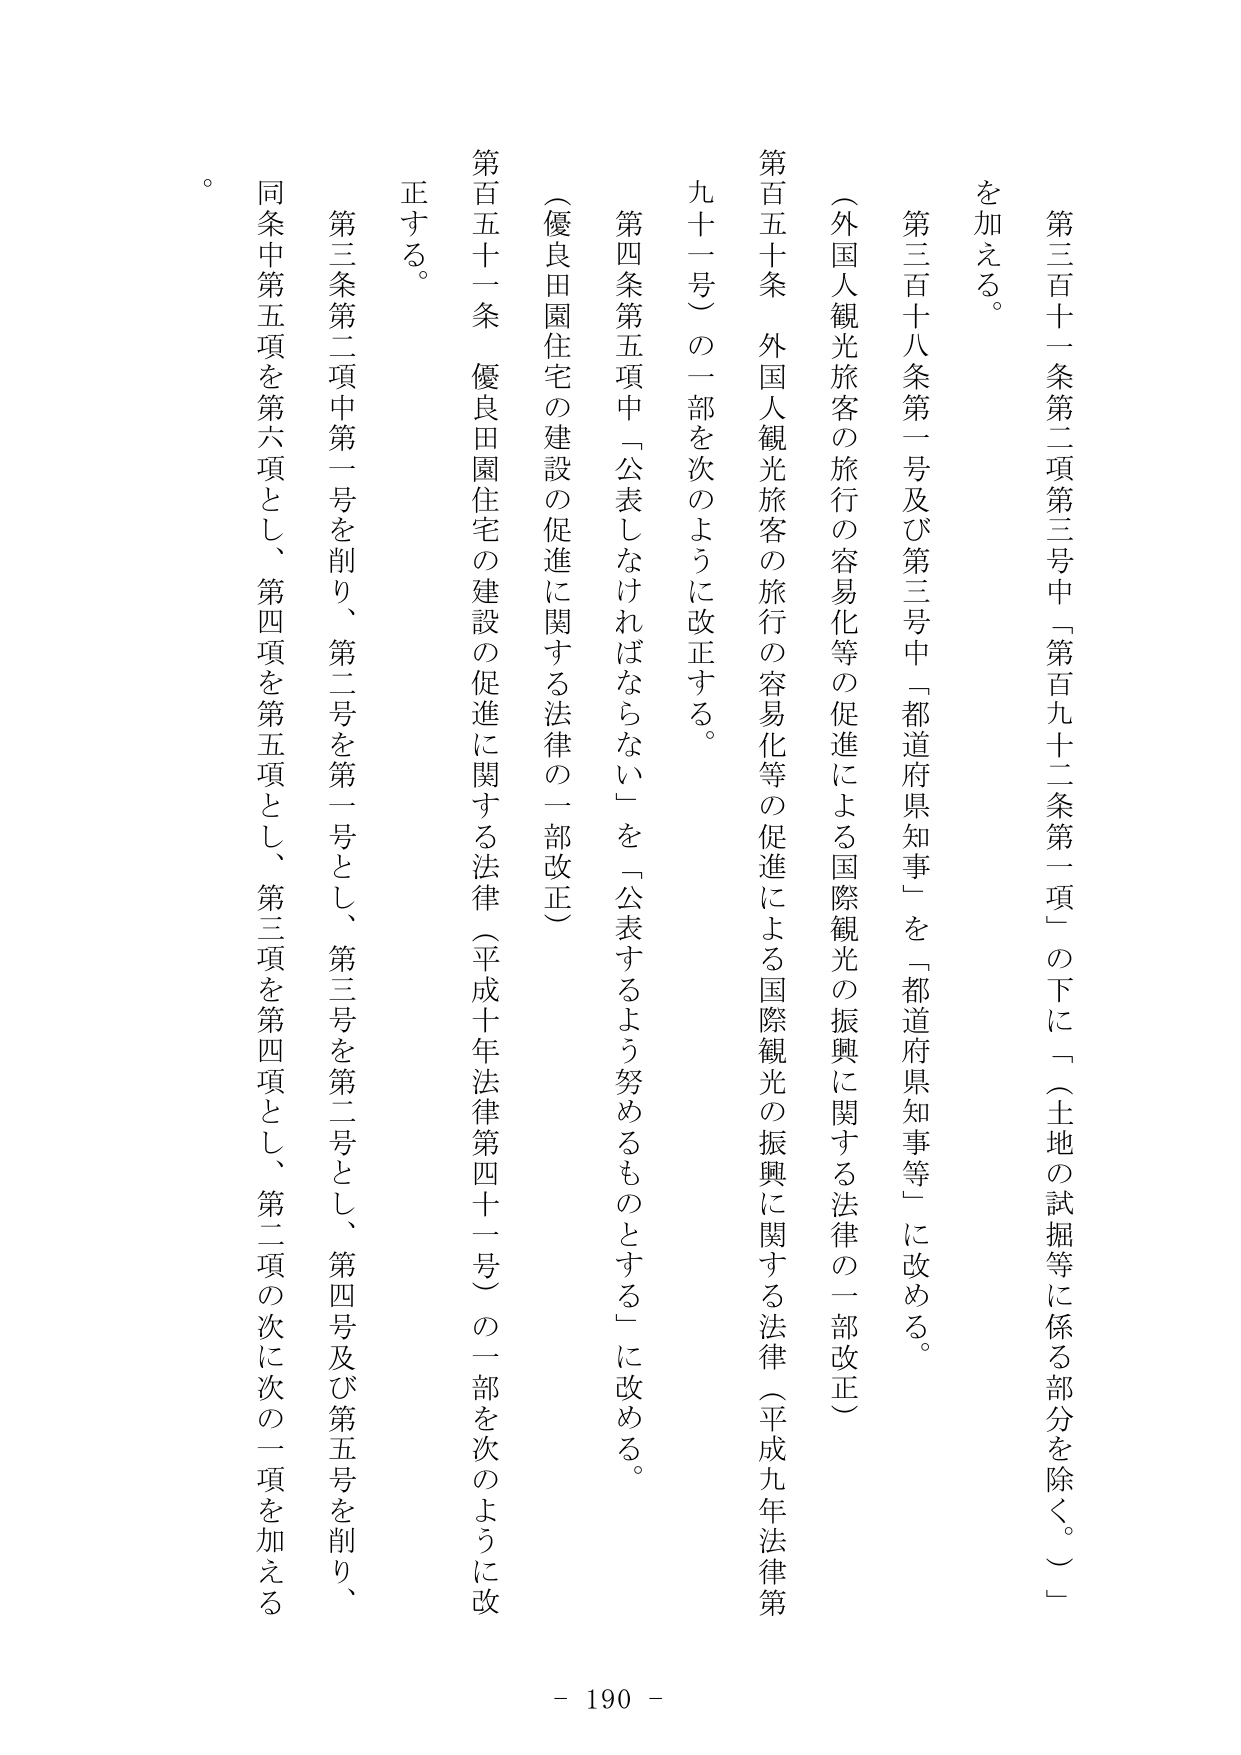
第三百十一条第二項第三号中「第百九十二条第一項」の下に「（土地の試掘等に係る部分を除く。）」を加える。

第三百十八条第一号及び第三号中「都道府県知事」を「都道府県知事等」に改める。

（外国人観光旅客の旅行の容易化等の促進による国際観光の振興に関する法律の一部改正）

第百五十条　外国人観光旅客の旅行の容易化等の促進による国際観光の振興に関する法律（平成九年法律第九十一号）の一部を次のように改正する。

第四条第五項中「公表しなければならない」を「公表するよう努めるものとする」に改める。

（優良田園住宅の建設の促進に関する法律の一部改正）

第百五十一条　優良田園住宅の建設の促進に関する法律（平成十年法律第四十一号）の一部を次のように改正する。

第三条第二項中第一号を削り、第二号を第一号とし、第三号を第二号とし、第四号及び第五号を削り、同条中第五項を第六項とし、第四項を第五項とし、第三項を第四項とし、第二項の次に次の一项を加える。

。